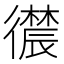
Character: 𪫛